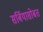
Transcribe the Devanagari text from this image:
सर्बियासोबत